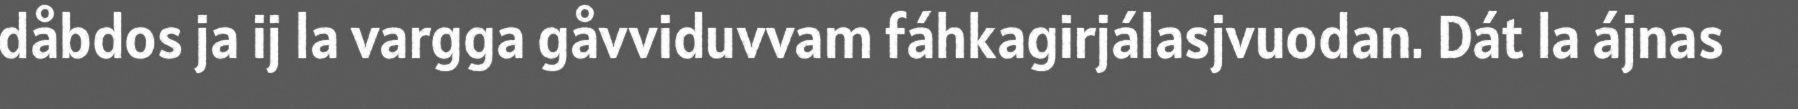
dåbdos ja ij la vargga gåvviduvvam fáhkagirjálasjvuodan. Dát la ájnas